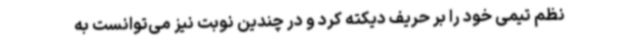
نظم تیمی خود را بر حریف دیکته کرد و در چندین نوبت نیز می‌توانست به